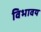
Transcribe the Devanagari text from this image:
विभावय